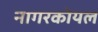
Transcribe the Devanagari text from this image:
नागरकोयल